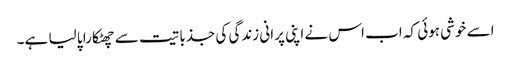
اسے خوشی ہوئی کہ اب اس نے اپنی پرانی زندگی کی جذباتیت سے چھٹکارا پا لیا ہے۔